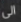
الى